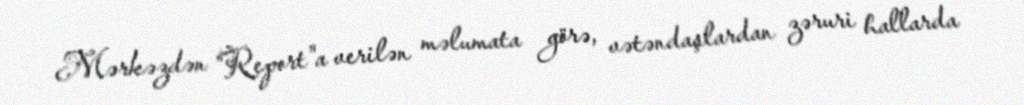
Mərkəzdən "Report"a verilən məlumata görə, vətəndaşlardan zəruri hallarda